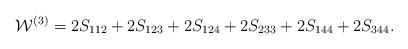
LaTeX: \begin{align*}{\cal W}^{(3)}=2S_{112}+2S_{123}+2S_{124}+2S_{233}+2S_{144}+2S_{344}.\end{align*}